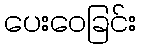
ပေးဝေခြင်း